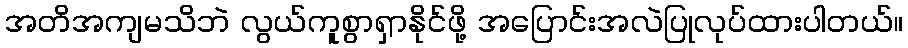
အတိအကျမသိဘဲ လွယ်ကူစွာရှာနိုင်ဖို့ အပြောင်းအလဲပြုလုပ်ထားပါတယ်။